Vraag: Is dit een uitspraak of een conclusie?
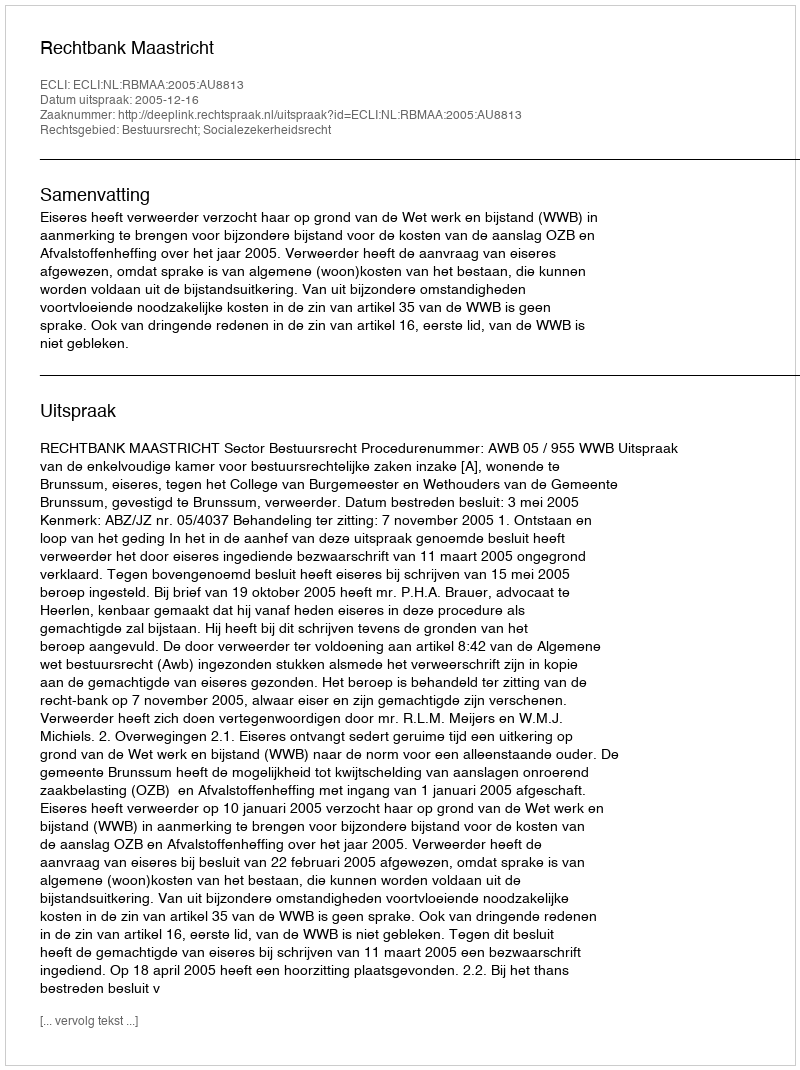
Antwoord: Uitspraak